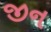
જીન